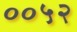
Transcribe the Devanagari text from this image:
००५२